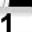
Digit: 1